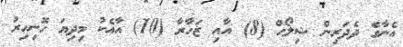
އެނާގެ ދެދަރިން ޝިލޯހް (8) އާއި ޒަހާރާ (10) އާއެކު މިދިޔަ ހޮނިހިރު